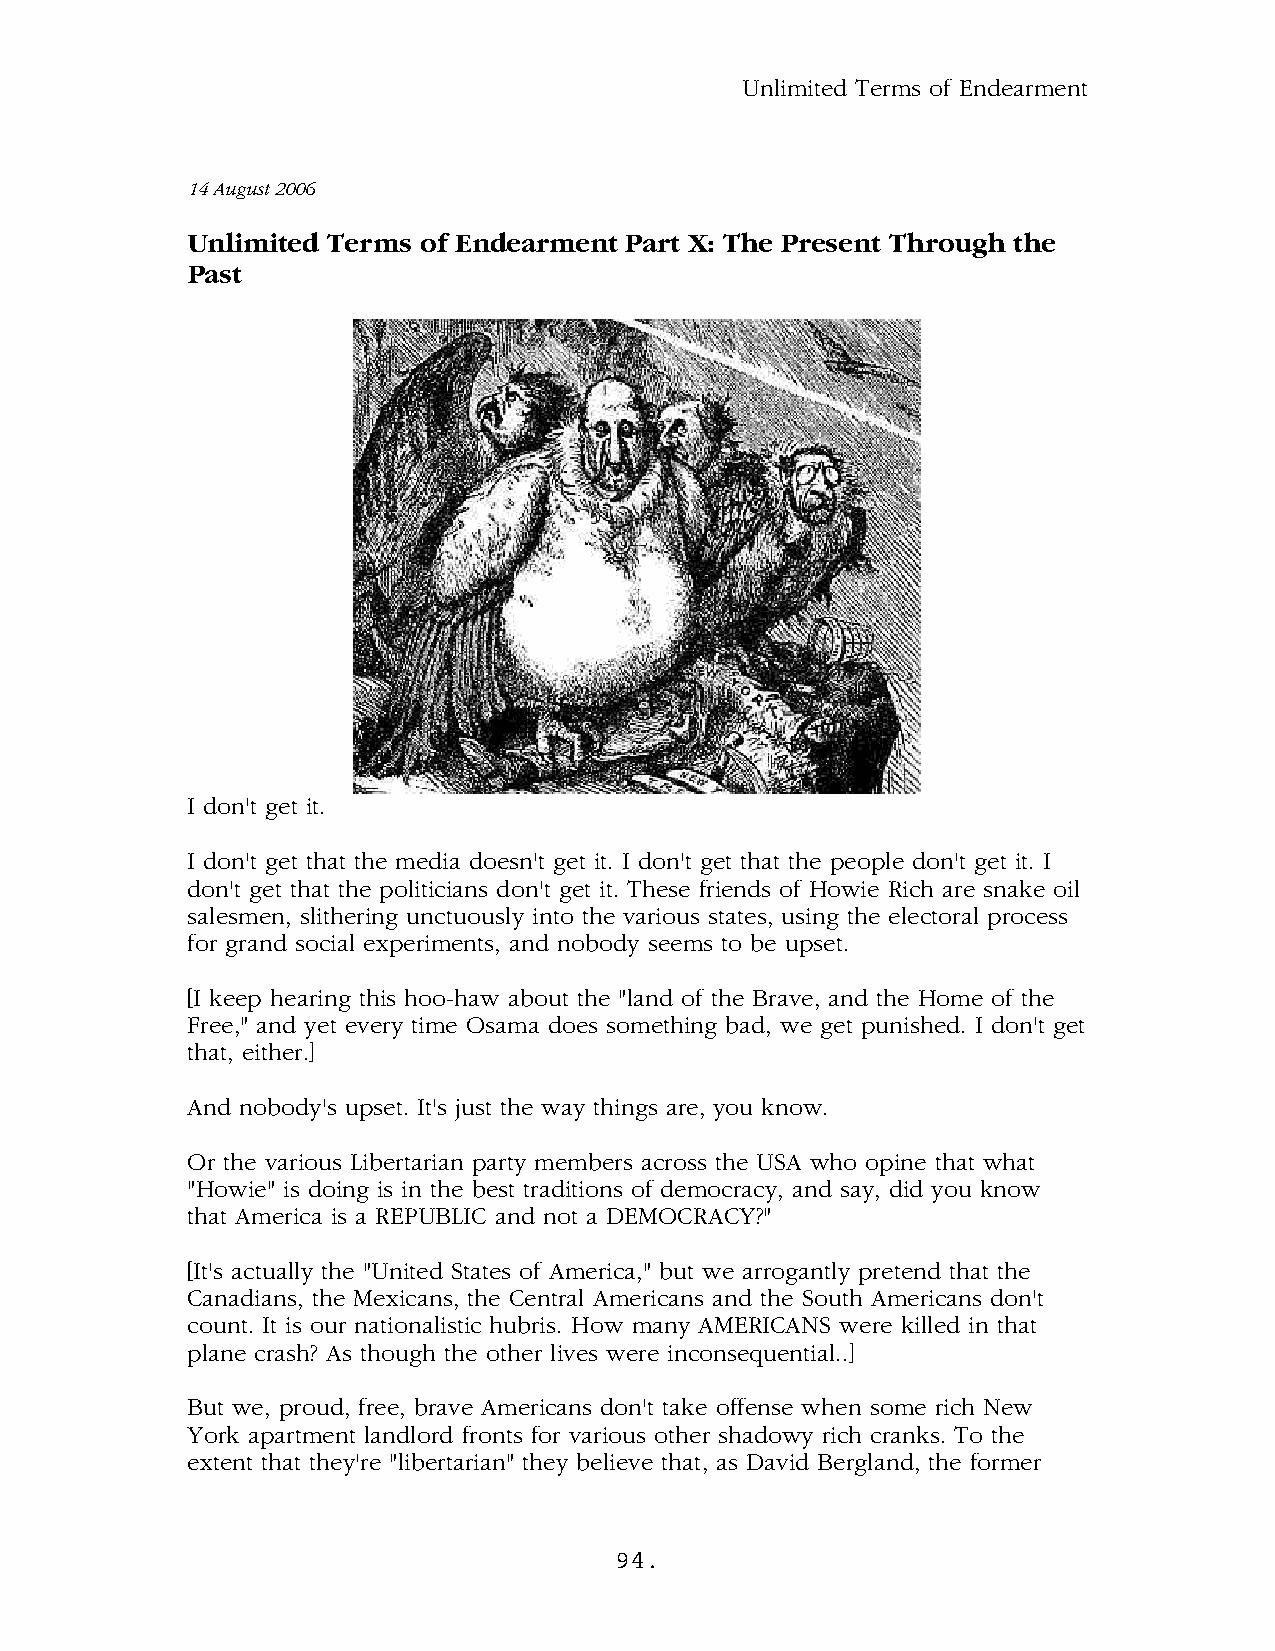
Unlimited Terms of Endearment
 14 August 2006
 Unlimited Terms of Endearment Part X: The Present Through the
 Past
 I don't get it.
 I don't get that the media doesn't get it. I don't get that the people don't get it. I
 don't get that the politicians don't get it. These friends of Howie Rich are snake oil
 salesmen, slithering unctuously into the various states, using the electoral process
 for grand social experiments, and nobody seems to be upset.
 [I keep hearing this hoo-haw about the "land of the Brave, and the Home of the
 Free," and yet every time Osama does something bad, we get punished. I don't get
 that, either.]
 And nobody's upset. It's just the way things are, you know.
 Or the various Libertarian party members across the USA who opine that what
 "Howie" is doing is in the best traditions of democracy, and say, did you know
 that America is a REPUBLIC and not a DEMOCRACY?"
 [It's actually the "United States of America," but we arrogantly pretend that the
 Canadians, the Mexicans, the Central Americans and the South Americans don't
 count. It is our nationalistic hubris. How many AMERICANS were killed in that
 plane crash? As though the other lives were inconsequential..]
 But we, proud, free, brave Americans don't take offense when some rich New
 York apartment landlord fronts for various other shadowy rich cranks. To the
 extent that they're "libertarian" they believe that, as David Bergland, the former
 94.